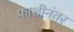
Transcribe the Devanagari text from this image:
फाशीनंतर